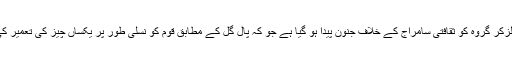
ایسا لگتا ہے کہ اول الزکر گروہ کو ثقافتی سامراج کے خلاف جنون پیدا ہو گیا ہے جو کہ پال گل کے مطابق قوم کو نسلی طور پر یکساں چیز کی تعمیر کی طرف لے جاتا ہے۔